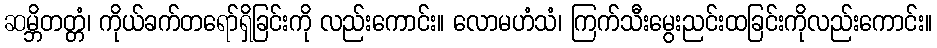
ဆမ္ဘိတတ္တံ၊ ကိုယ်ခက်တရော်ရှိခြင်းကို လည်းကောင်း။ လောမဟံသံ၊ ကြက်သီးမွေးညင်းထခြင်းကိုလည်းကောင်း။